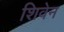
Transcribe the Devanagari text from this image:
शिवेन